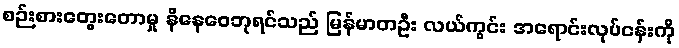
စဉ်းစားတွေးတောမှု နိနေဝေဘုရင်သည် မြန်မာတဦး လယ်ကွင်း အရောင်းလုပ်ငန်းကို